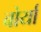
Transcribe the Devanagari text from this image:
बोर्या